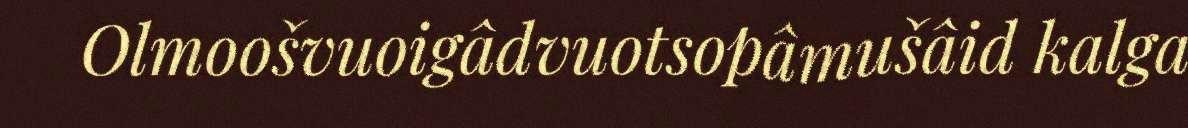
Olmoošvuoigâdvuotsopâmušâid kalga